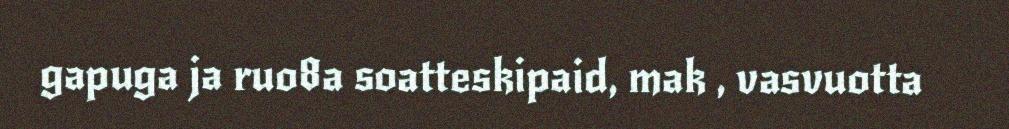
gapuga ja ruo8a soatteskipaid, mak , vasvuotta